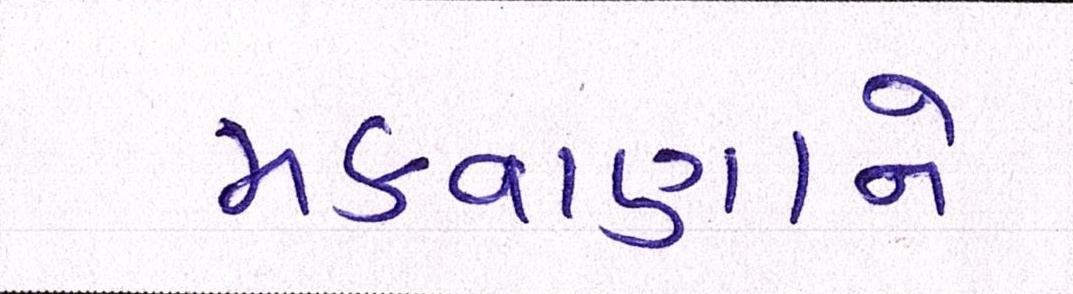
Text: મકવાણાને